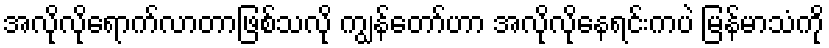
အလိုလိုရောက်လာတာဖြစ်သလို ကျွန်တော်ဟာ အလိုလိုနေရင်းကပဲ မြန်မာသံကို